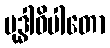
မုဒ္ဓါဓိပါတော